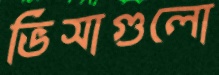
ভিসাগুলো